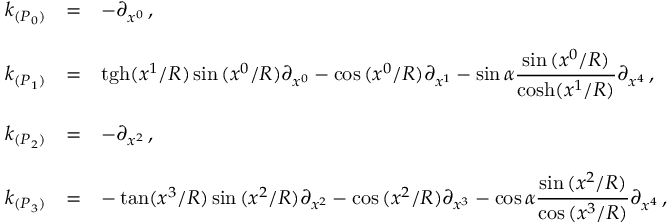
\begin{array} { r c l } { { k _ { ( P _ { 0 } ) } } } & { { = } } & { { - \partial _ { x ^ { 0 } } \, , } } \\ { { } } & { { } } & { { } } \\ { { k _ { ( P _ { 1 } ) } } } & { { = } } & { { \mathrm { t g h } ( x ^ { 1 } / R ) \sin { ( x ^ { 0 } / R ) } \partial _ { x ^ { 0 } } - \cos { ( x ^ { 0 } / R ) } \partial _ { x ^ { 1 } } - \sin { \alpha } { \displaystyle \frac { \sin { ( x ^ { 0 } / R ) } } { \mathrm { c o s h } ( x ^ { 1 } / R ) } } \partial _ { x ^ { 4 } } \, , } } \\ { { } } & { { } } & { { } } \\ { { k _ { ( P _ { 2 } ) } } } & { { = } } & { { - \partial _ { x ^ { 2 } } \, , } } \\ { { } } & { { } } & { { } } \\ { { k _ { ( P _ { 3 } ) } } } & { { = } } & { { - \tan ( x ^ { 3 } / R ) \sin { ( x ^ { 2 } / R ) } \partial _ { x ^ { 2 } } - \cos { ( x ^ { 2 } / R ) } \partial _ { x ^ { 3 } } - \cos { \alpha } { \displaystyle \frac { \sin { ( x ^ { 2 } / R ) } } { \cos { ( x ^ { 3 } / R ) } } } \partial _ { x ^ { 4 } } \, , } } \end{array}